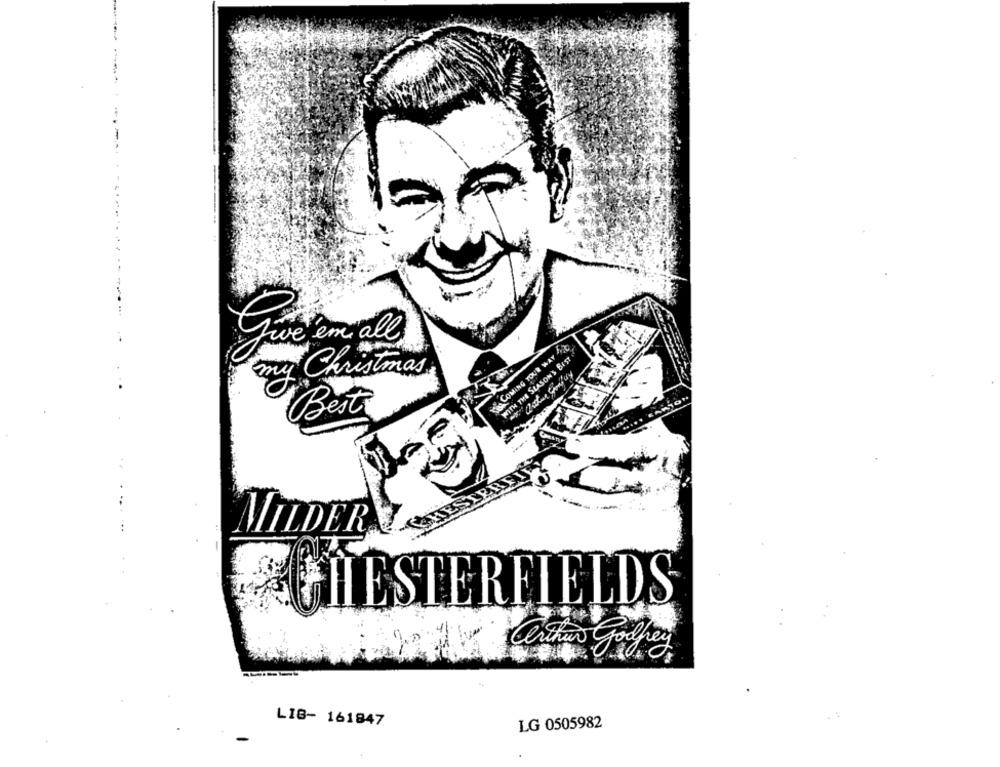
Tive em all
WITH THE SEASON'S BEST
my Christmas
Best
MILDER
CHESTERFIELDS
LIG- 161847
LG 0505982